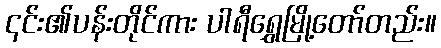
၎င်း၏ပန်းတိုင်ကား ပါရီရွှေမြို့တော်တည်း။